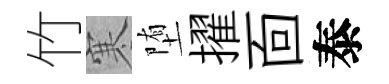
竹寒堕擢靣泰